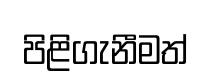
පිළිගැනීමත්